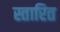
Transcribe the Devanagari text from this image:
स्तारित